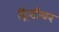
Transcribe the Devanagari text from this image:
ट्रिटीवर